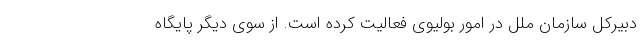
دبیرکل سازمان ملل در امور بولیوی فعالیت کرده است. از سوی دیگر پایگاه